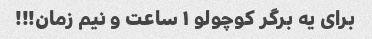
برای یه برگر کوچولو ۱ ساعت و نیم زمان!!!